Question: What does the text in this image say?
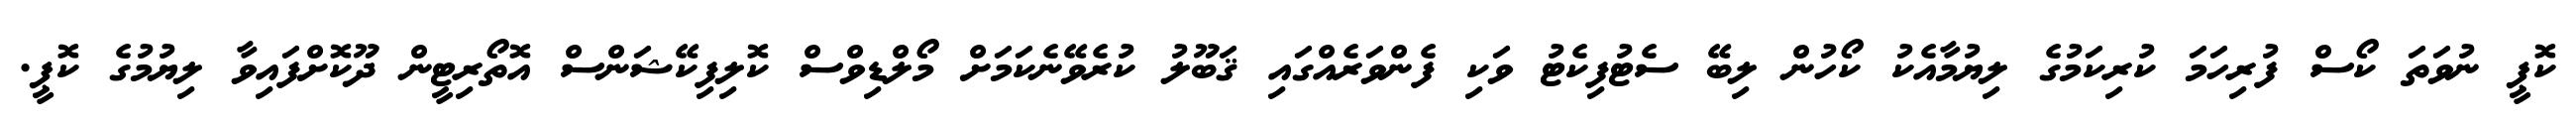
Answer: ކޮޕީ ނުވަތަ ކޯސް ފުރިހަމަ ކުރިކަމުގެ ލިޔުމާއެކު ކޯހުން ލިބޭ ސެޓުފިކެޓު ވަކި ފެންވަރެއްގައި ޤަބޫލު ކުރެވޭނެކަމަށް މޯލްޑިވްސް ކޮލިފިކޭޝަންސް އޮތޯރިޓީން ދޫކޮށްފައިވާ ލިޔުމުގެ ކޮޕީ.